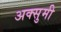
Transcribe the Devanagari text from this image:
अक्सुमी